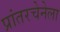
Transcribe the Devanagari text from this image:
प्रांतरचेनेला